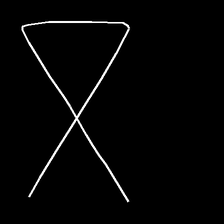
Glyph: collection